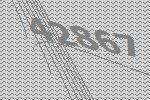
42867